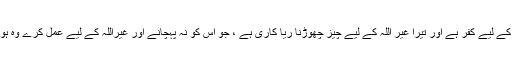
تیرا عمل غیراللہ کے لیے کفر ہے اور تیرا غیر اللہ کے لیے چیز چھوڑنا ریا کاری ہے ، جو اس کو نہ پہچانے اور غیراللہ کے لیے عمل کرے وہ ہوس میں مبتلا ہے۔